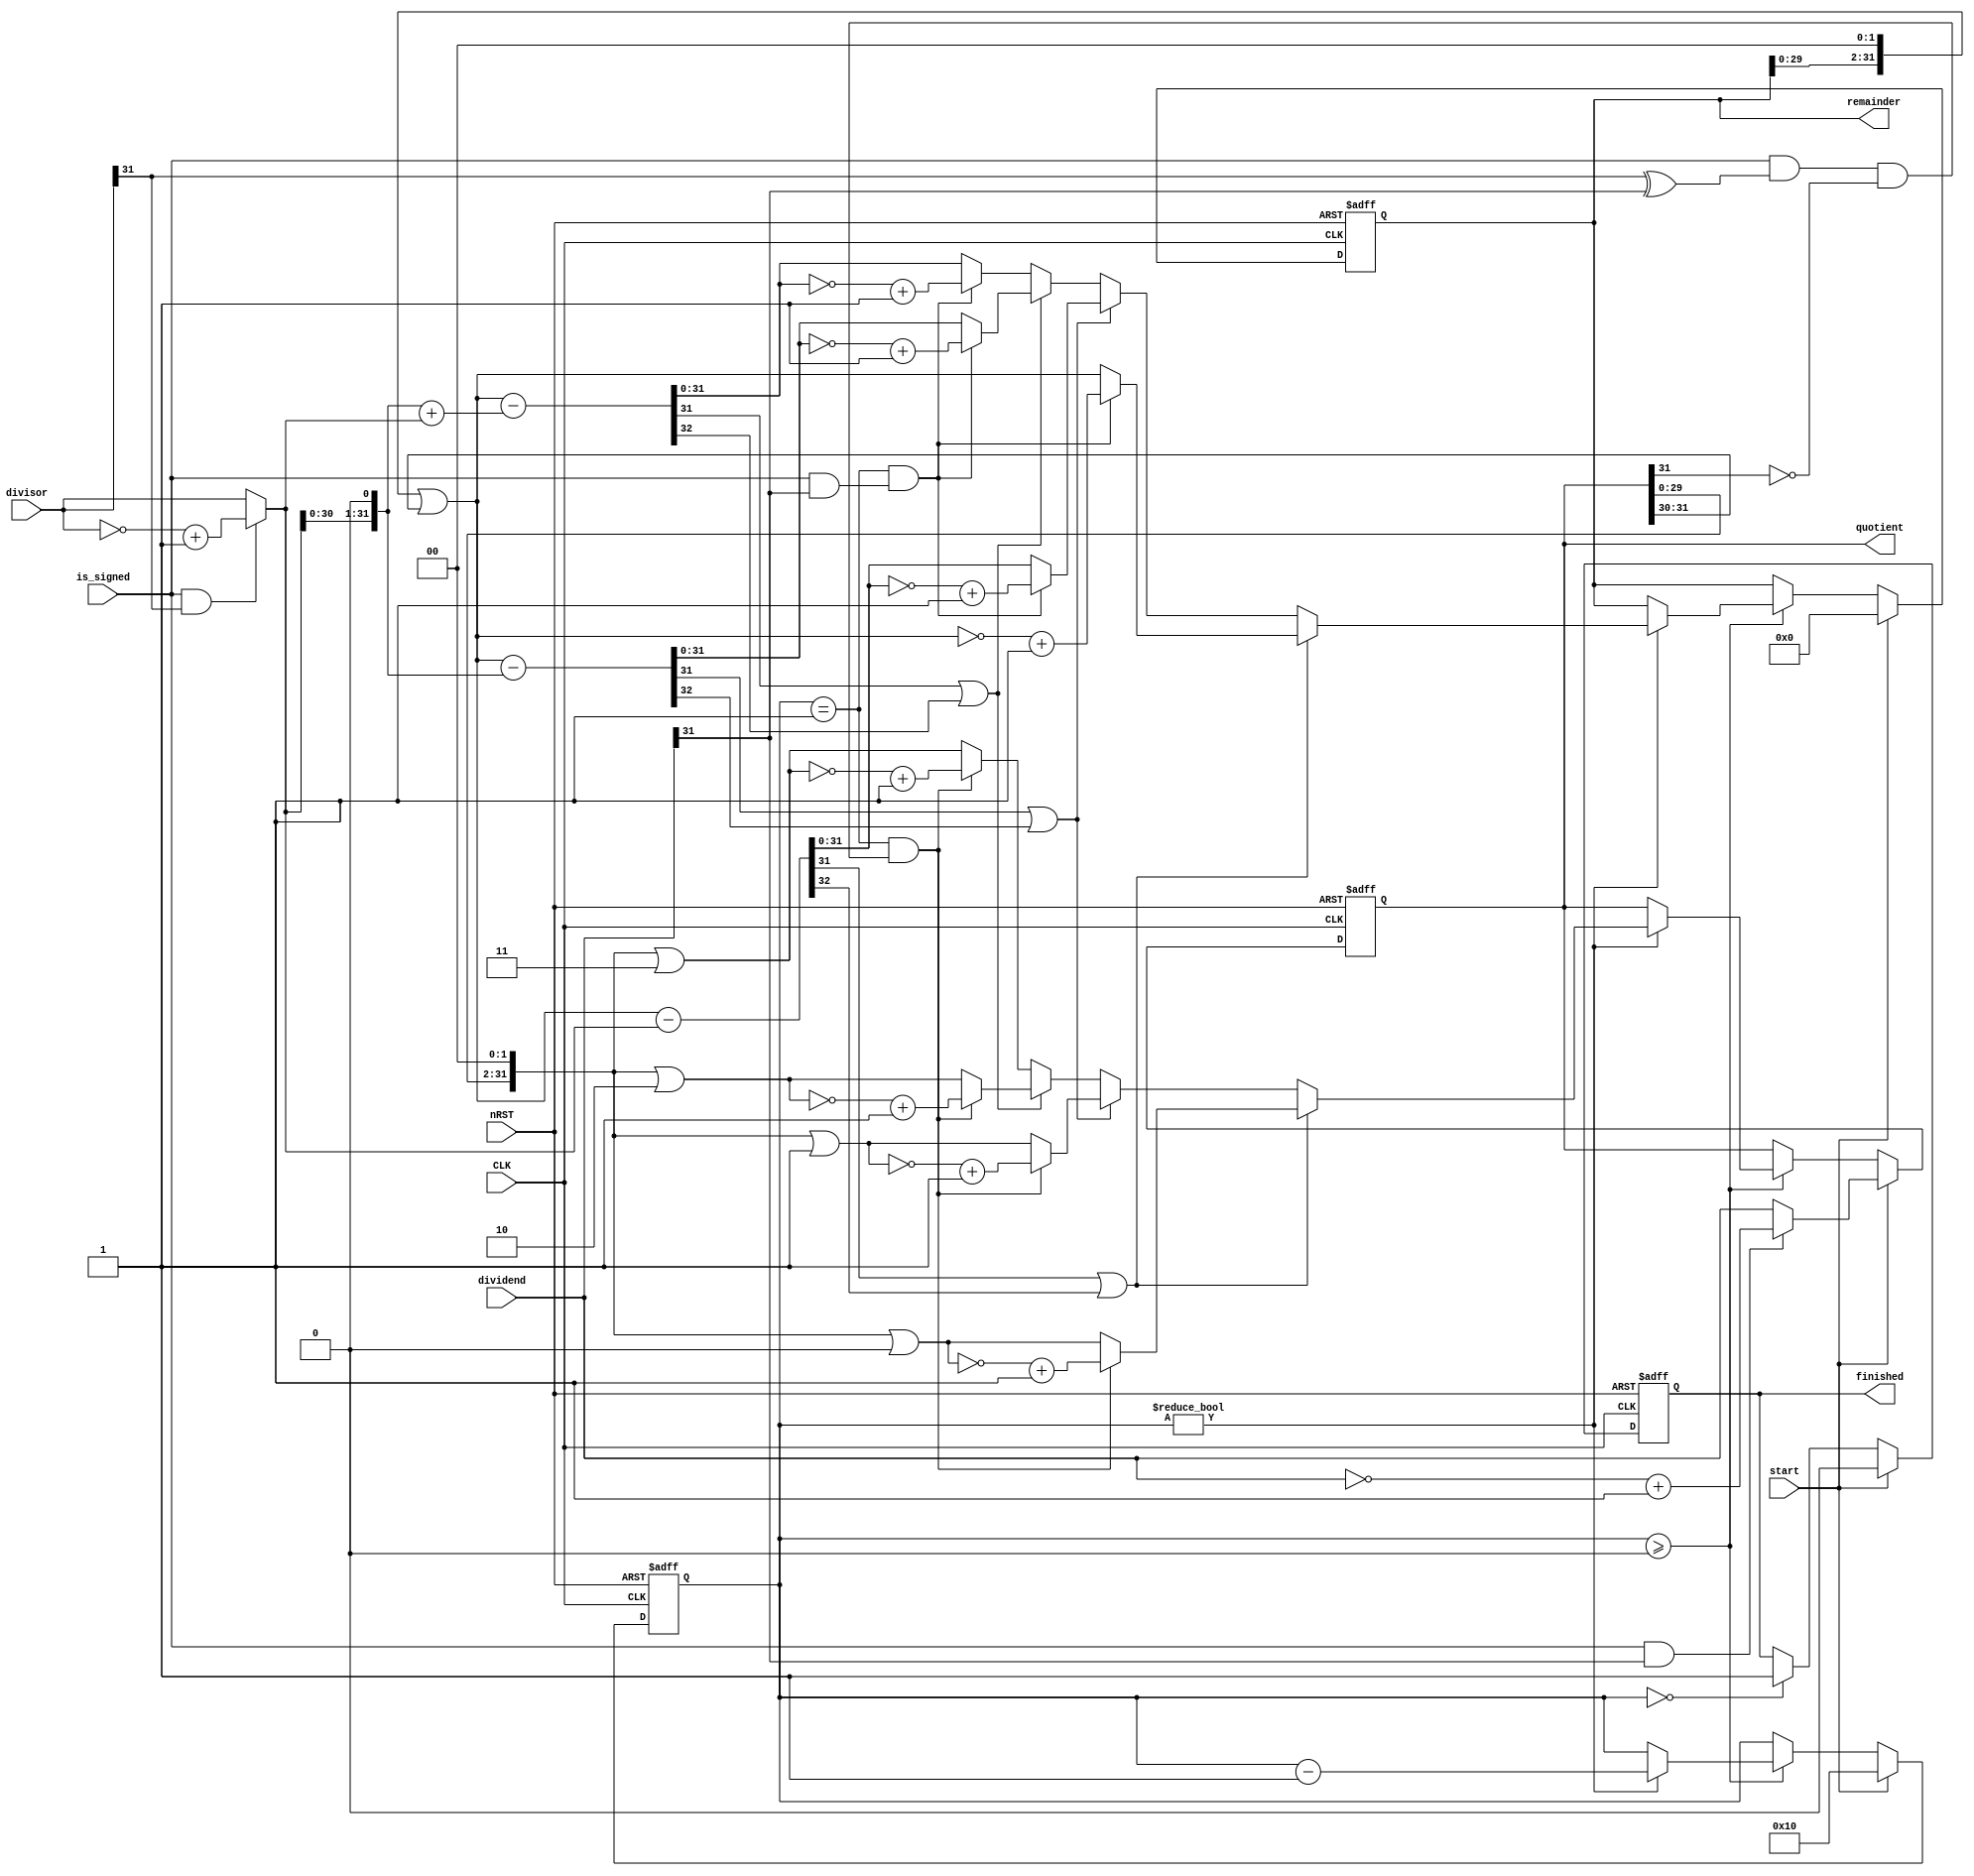
module radix4_divider (
	CLK,
	nRST,
	start,
	is_signed,
	dividend,
	divisor,
	quotient,
	remainder,
	finished
);
	parameter NUM_BITS = 32;
	input wire CLK;
	input wire nRST;
	input wire start;
	input wire is_signed;
	input wire [NUM_BITS - 1:0] dividend;
	input wire [NUM_BITS - 1:0] divisor;
	output wire [NUM_BITS - 1:0] quotient;
	output wire [NUM_BITS - 1:0] remainder;
	output reg finished;
	reg [NUM_BITS - 1:0] next_remainder;
	reg [NUM_BITS - 1:0] next_quotient;
	reg [NUM_BITS - 1:0] shifted_remainder;
	reg [NUM_BITS - 1:0] shifted_quotient;
	reg [NUM_BITS - 1:0] temp_quotient;
	reg [NUM_BITS - 1:0] temp_remainder;
	reg [NUM_BITS:0] Result1;
	reg [NUM_BITS:0] Result2;
	reg [NUM_BITS:0] Result3;
	wire [NUM_BITS - 1:0] DivisorX2;
	wire [NUM_BITS - 1:0] DivisorX3;
	reg [4:0] count;
	reg [4:0] next_count;
	wire [NUM_BITS - 1:0] usign_divisor;
	wire [NUM_BITS - 1:0] usign_dividend;
	wire adjustment_possible;
	wire adjust_quotient;
	wire adjust_remainder;
	wire div_done;
	assign usign_divisor = (is_signed & divisor[NUM_BITS - 1] ? ~divisor + 1 : divisor);
	assign usign_dividend = (is_signed & dividend[NUM_BITS - 1] ? ~dividend + 1 : dividend);
	assign adjustment_possible = is_signed && (divisor[NUM_BITS - 1] ^ dividend[NUM_BITS - 1]);
	assign adjust_quotient = adjustment_possible && ~quotient[NUM_BITS - 1];
	assign adjust_remainder = is_signed && dividend[NUM_BITS - 1];
	assign div_done = count == 0;
	assign quotient = temp_quotient;
	assign remainder = temp_remainder;
	always @(posedge CLK or negedge nRST)
		if (nRST == 0)
			finished <= 1'b0;
		else if (start)
			finished <= 1'b0;
		else if (div_done)
			finished <= 1'b1;
	assign DivisorX2 = usign_divisor << 1;
	assign DivisorX3 = (usign_divisor << 1) + usign_divisor;
	always @(posedge CLK or negedge nRST)
		if (nRST == 0) begin
			count <= 5'd16;
			temp_quotient <= {NUM_BITS {1'sb0}};
			temp_remainder <= {NUM_BITS {1'sb0}};
		end
		else if (start) begin
			temp_quotient <= usign_dividend;
			temp_remainder <= {NUM_BITS {1'sb0}};
			count <= 5'd16;
		end
		else if (count >= 0) begin
			temp_quotient <= next_quotient;
			temp_remainder <= next_remainder;
			count <= next_count;
		end
	always @(*) begin
		next_quotient = temp_quotient;
		next_remainder = temp_remainder;
		next_count = count;
		if (count != 0) begin
			next_count = count - 1;
			shifted_remainder = (temp_remainder << 2) | temp_quotient[NUM_BITS - 1:NUM_BITS - 2];
			shifted_quotient = temp_quotient << 2;
			Result1 = shifted_remainder - usign_divisor;
			Result2 = shifted_remainder - DivisorX2;
			Result3 = shifted_remainder - DivisorX3;
			if (Result1[NUM_BITS - 1] | Result1[NUM_BITS]) begin
				next_remainder = shifted_remainder;
				next_quotient = shifted_quotient | 0;
				if ((count == 1) && adjust_quotient)
					next_quotient = ~next_quotient + 1;
				if ((count == 1) && adjust_remainder)
					next_remainder = ~next_remainder + 1;
			end
			else if (Result2[NUM_BITS - 1] | Result2[NUM_BITS]) begin
				next_remainder = Result1;
				next_quotient = shifted_quotient | 1;
				if ((count == 1) && adjust_quotient)
					next_quotient = ~next_quotient + 1;
				if ((count == 1) && adjust_remainder)
					next_remainder = ~next_remainder + 1;
			end
			else if (Result3[NUM_BITS - 1] | Result3[NUM_BITS]) begin
				next_remainder = Result2;
				next_quotient = shifted_quotient | 2;
				if ((count == 1) && adjust_quotient)
					next_quotient = ~next_quotient + 1;
				if ((count == 1) && adjust_remainder)
					next_remainder = ~next_remainder + 1;
			end
			else begin
				next_remainder = Result3;
				next_quotient = shifted_quotient | 3;
				if ((count == 1) && adjust_quotient)
					next_quotient = ~next_quotient + 1;
				if ((count == 1) && adjust_remainder)
					next_remainder = ~next_remainder + 1;
			end
		end
	end
endmodule